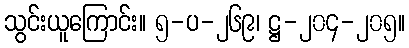
သွင်းယူကြောင်း။ ၅-ပ-၂၆၉၊ ဋ္ဌ-၂၀၄-၂၀၅။